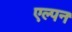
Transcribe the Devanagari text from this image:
एल्पन